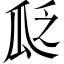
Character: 𬎣